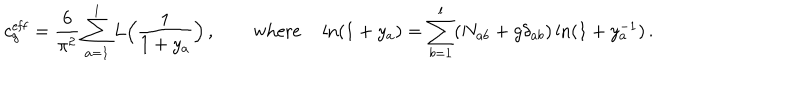
LaTeX: c _ { g } ^ { \mathrm { e f f } } = \frac { 6 } { \pi ^ { 2 } } \sum _ { a = 1 } ^ { l } L \Bigl ( \frac { 1 } { 1 + y _ { a } } \Bigr ) \, , \qquad \mathrm { w h e r e } \quad \ln ( 1 + y _ { a } ) = \sum _ { b = 1 } ^ { l } ( N _ { a b } + g \delta _ { a b } ) \ln ( 1 + y _ { a } ^ { - 1 } ) \, .